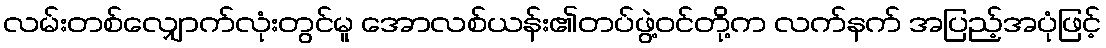
လမ်းတစ်လျှောက်လုံးတွင်မူ အောလစ်ယန်း၏တပ်ဖွဲ့ဝင်တို့က လက်နက် အပြည့်အပုံဖြင့်